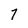
Character: 7